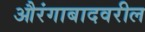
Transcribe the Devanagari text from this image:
औरंगाबादवरील